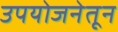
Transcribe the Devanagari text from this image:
उपयोजनेतून